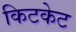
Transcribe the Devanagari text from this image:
किटकेट